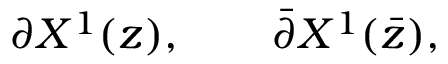
\partial X ^ { 1 } ( z ) , \qquad \bar { \partial } X ^ { 1 } ( \bar { z } ) ,